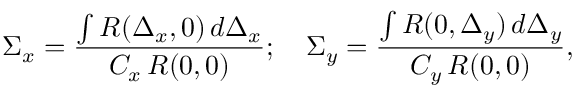
\Sigma _ { x } = \frac { \int R ( \Delta _ { x } , 0 ) \, d \Delta _ { x } } { C _ { x } \, R ( 0 , 0 ) } ; \quad \Sigma _ { y } = \frac { \int R ( 0 , \Delta _ { y } ) \, d \Delta _ { y } } { C _ { y } \, R ( 0 , 0 ) } ,